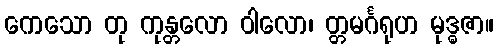
ကေသော တု ကုန္တလော ဝါလော၊ တ္တမင်္ဂရုဟ မုဒ္ဓဇာ။